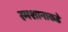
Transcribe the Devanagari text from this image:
स्मशानाकडे